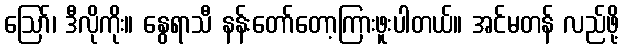
ဩော်၊ ဒီလိုကိုး။ နွေရာသီ နန်းတော်တော့ကြားဖူးပါတယ်။ အင်မတန် လည်ဖို့